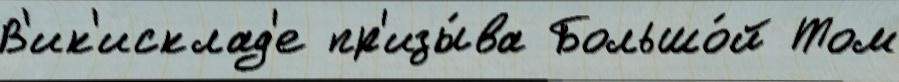
В'ик'исклад'е пр'изы́ва Большо́й Том